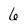
Character: 6